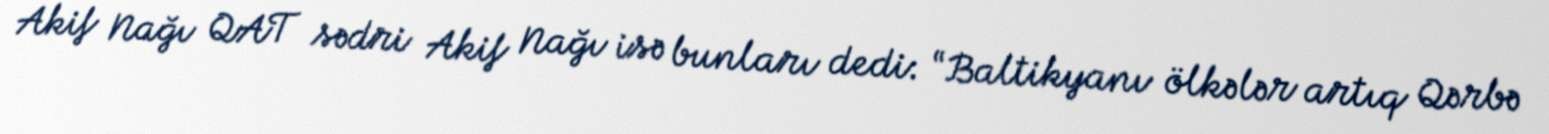
Akif Nağı QAT sədri Akif Nağı isə bunları dedi: “Baltikyanı ölkələr artıq Qərbə